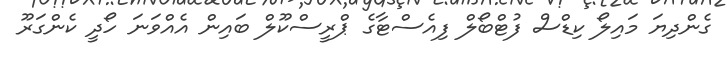
ގެންދިޔަ މައިލޯ ކިޑްސް ފުޓްބޯލް ފިއެސްޓާގެ ޕްރީސްކޫލް ބައިން އެއްވަނަ ހޯދީ ކެންގަރޫ